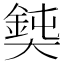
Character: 𡚃